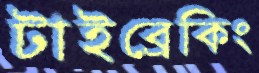
টাইব্রেকিং